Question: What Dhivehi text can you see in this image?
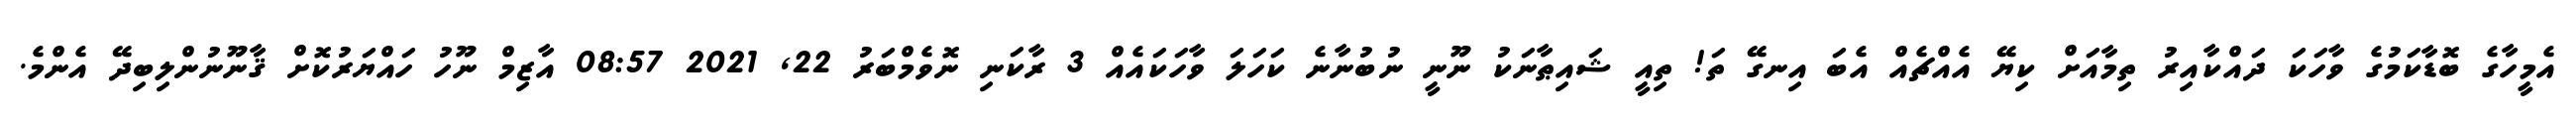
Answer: އެމީހާގެ ބޮޑާކަމުގެ ވާހަކަ ދައްކާއިރު ތިމާއަށް ކިޔޭ އެއްޗެއް އެބަ އިނގޭ ތަ! ތިއީ ޝައިޠާނަކު ނޫނީ ނުބުނާނެ ކަހަލަ ވާހަކައެއް 3 ރާކަނި ނޮވެމްބަރު 22, 2021 08:57 އާޒިމް ނޫހު ހައްޔަރުކޮށް ޤާނޫނުންލިބިދޭ އެންމެ.